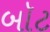
બૉટ